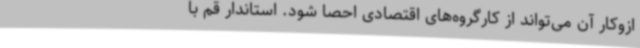
ازوکار آن می‌تواند از کارگروه‌های اقتصادی احصا شود. استاندار قم با